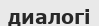
диалогі